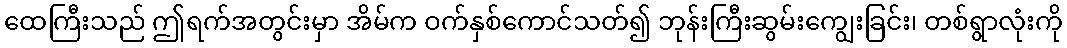
ထေကြီးသည် ဤရက်အတွင်းမှာ အိမ်က ဝက်နှစ်ကောင်သတ်၍ ဘုန်းကြီးဆွမ်းကျွေးခြင်း၊ တစ်ရွာလုံးကို